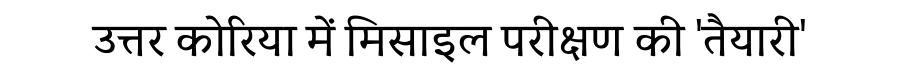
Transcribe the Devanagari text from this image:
उत्तर कोरिया में मिसाइल परीक्षण की 'तैयारी'